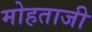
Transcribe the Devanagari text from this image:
मोहताजी